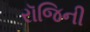
રૉજિની